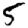
Digit: 5